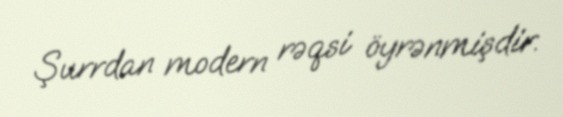
Şurrdan modern rəqsi öyrənmişdir.